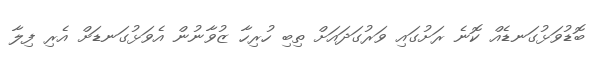
ބޮޑުވަޅުގަނޑެއް ކޮނެ ރަށުގައި ވަރުގަދައަށް ތިބި ހުރިހާ ޒުވާނުން އެވަޅުގަނޑަށް އެރި ފިލާ